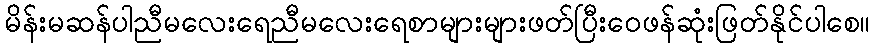
မိန်းမဆန်ပါညီမလေးရေညီမလေးရေစာများများဖတ်ပြီးဝေဖန်ဆုံးဖြတ်နိုင်ပါစေ။